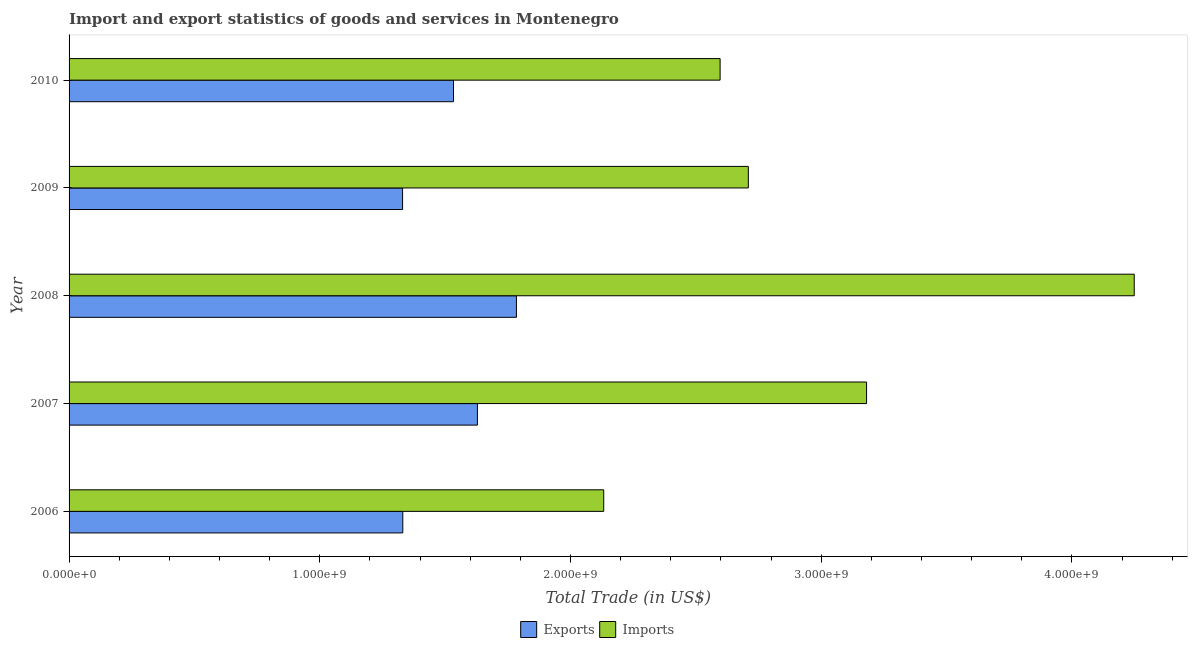
| Year | Exports | Imports |
 | --- | --- | --- |
 | 2006 | 1.33e+09 | 2.13e+09 |
 | 2007 | 1.63e+09 | 3.18e+09 |
 | 2008 | 1.78e+09 | 4.25e+09 |
 | 2009 | 1.33e+09 | 2.71e+09 |
 | 2010 | 1.53e+09 | 2.6e+09 |